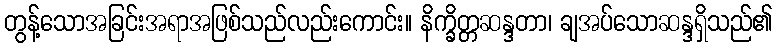
တွန့်သောအခြင်းအရာအဖြစ်သည်လည်းကောင်း။ နိက္ခိတ္တဆန္ဒတာ၊ ချအပ်သောဆန္ဒရှိသည်၏